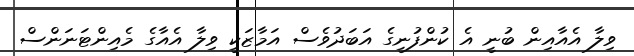
ވިލާ އެއާއިން ބުނީ އެ ކުންފުނީގެ އަބަދުވެސް އަމާޒަކީ ވިލާ އެއާގެ މެއިންޓަނަންސް